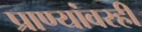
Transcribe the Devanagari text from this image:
प्राण्यांवरही